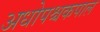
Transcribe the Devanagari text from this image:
अधोपश्चकपाल